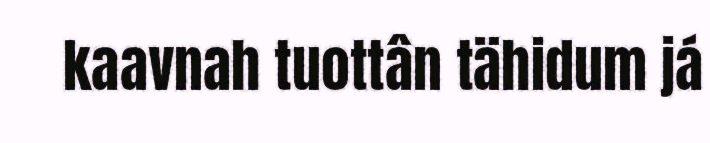
kaavnah tuottân tähidum já